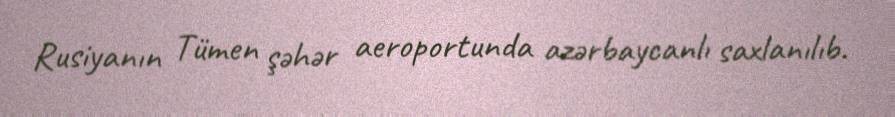
Rusiyanın Tümen şəhər aeroportunda azərbaycanlı saxlanılıb.